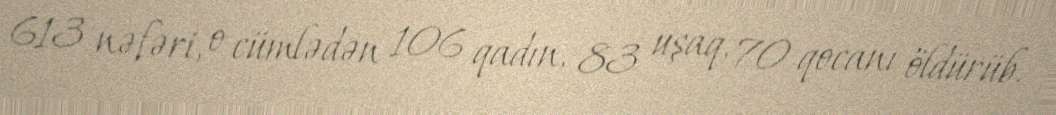
613 nəfəri, o cümlədən 106 qadın, 83 uşaq, 70 qocanı öldürüb.